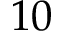
1 0